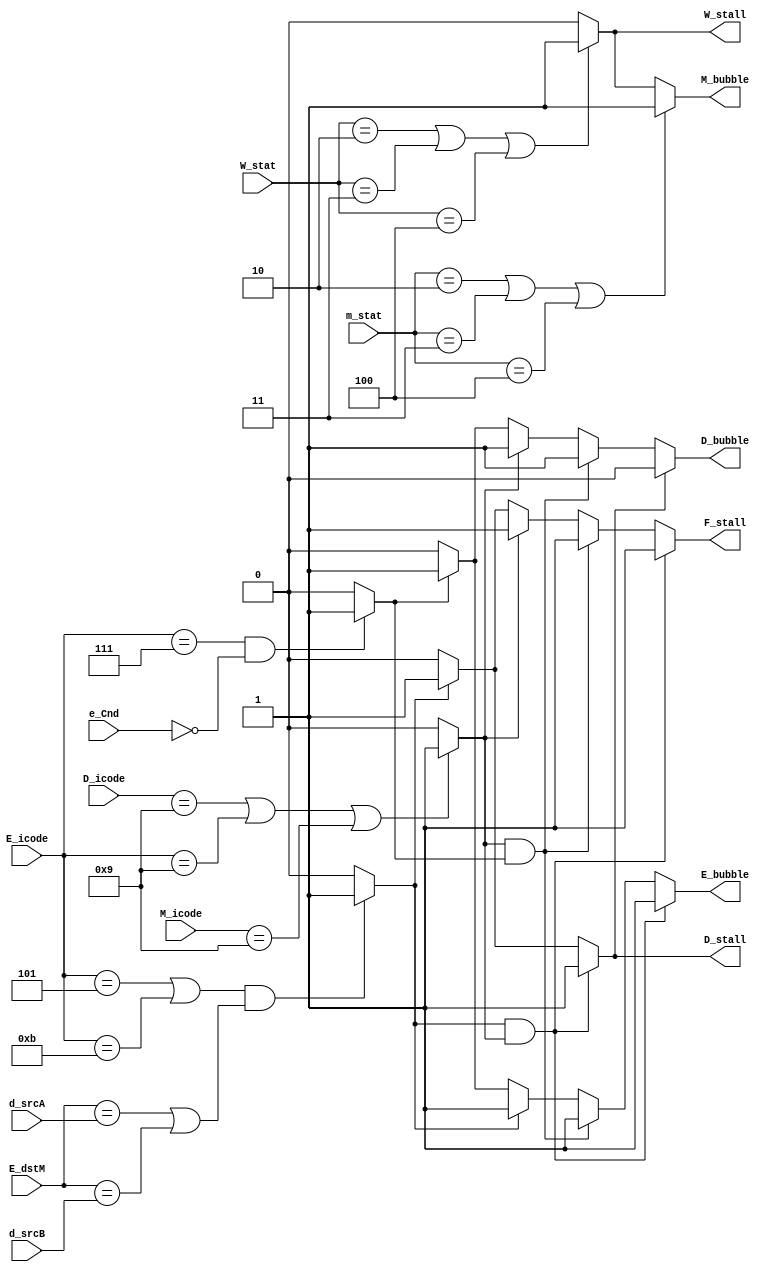
module PIPE_CON(
    // Inputs
    input [3:0] D_icode,
    input [3:0] d_srcA,
    input [3:0] d_srcB,
    input [3:0] E_icode,
    input [3:0] E_dstM,
    input e_Cnd,
    input [3:0] M_icode,
    input [2:0] m_stat,
    input [2:0] W_stat,

    // Outputs
    output reg W_stall,
    output reg M_bubble,
    output reg E_bubble,
    output reg D_bubble,
    output reg D_stall,
    output reg F_stall
);

    // Predicting the Hazards
    wire Ret;
    wire Miss_Pred;
    wire LU_Haz;
    wire Exp;

    assign Ret = (D_icode == 9 || E_icode == 9 || M_icode == 9) ? 1 : 0;
    assign LU_Haz = ((E_icode == 5 || E_icode == 11) && (E_dstM == d_srcA || E_dstM == d_srcB)) ? 1 : 0;
    assign Miss_Pred = (E_icode == 7 && e_Cnd == 0) ? 1 : 0;



    // Assigning F_stall according to the Hazards
    always @(*) begin
        
        if(Ret == 1 && LU_Haz == 1) begin

            F_stall <= 1;
        end
        else if (Ret == 1 && Miss_Pred == 1) begin

            F_stall <= 1;
        end
        else if (Ret == 1) begin

            F_stall <= 1;
        end
        else if (LU_Haz == 1) begin

            F_stall <= 1;
        end
        else begin

            F_stall <= 0;
        end
    end

    // Assigning D_stall according to the Hazards
    always @(*) begin

        if (LU_Haz == 1 && Ret == 1) begin

            D_stall <= 1;
        end
        else if (LU_Haz == 1) begin

            D_stall <= 1;
        end
        else begin

            D_stall <= 0;
        end
    end

    // Assigning D_bubble according to the Hazards
    always @(*) begin

        if (D_stall == 0) begin

            if (Ret == 1 && Miss_Pred == 1) begin

                D_bubble <= 1;
            end
            else if (Ret == 1) begin

                D_bubble <= 1;
            end
            else if (Miss_Pred == 1) begin

                D_bubble <= 1;
            end
            else begin

                D_bubble <= 0;
            end
        end
        else begin

            D_bubble <= 0;
        end
    end

    // Assigning E_bubble according to the Hazards
    always @(*) begin

        if (LU_Haz == 1 && Ret == 1) begin

            E_bubble <= 1;
        end
        else if (Ret == 1 && Miss_Pred == 1) begin
            
            E_bubble <= 1;
        end
        else if (LU_Haz == 1) begin

            E_bubble <= 1;
        end
        else if (Miss_Pred == 1) begin

            E_bubble <= 1;
        end
        else begin

            E_bubble <= 0;
        end
    end

    // Assigning M_bubble according to the Hazards
    always @(*) begin

        if (m_stat == 2 || m_stat == 3 || m_stat == 4) begin

            M_bubble <= 1;
        end
        else if (W_stat == 2 || W_stat == 3 || W_stat == 4) begin

            M_bubble <= 1;
        end
        else begin

            M_bubble <= 0;
        end
    end

    // Assigning W_stall according to the Hazards
    always @(*) begin

        if (W_stat == 2 || W_stat == 3 || W_stat == 4) begin

            W_stall <= 1;
        end
        else begin

            W_stall <= 0;
        end
    end

endmodule